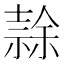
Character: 𭐘